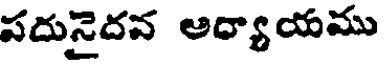
పదునైదవ అద్యాయము